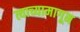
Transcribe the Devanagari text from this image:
त्याच्यामागून